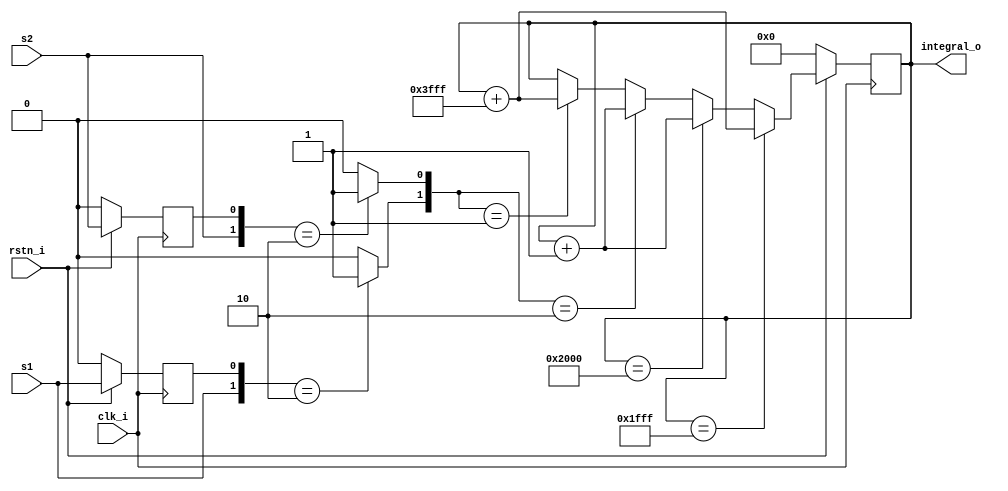
module red_pitaya_pfd_block
#(
    parameter ISR = 0
)
(   input rstn_i,
    input clk_i, 
       
    input s1, //signal 1
    input s2, //signal 2
    
    output [14-1:0] integral_o
    );

reg l1; //s1 from last cycle
reg l2; //s2 from last cycle

wire e1;
wire e2;

reg [14+ISR-1:0] integral;

assign e1 = ( {s1,l1} == 2'b10 ) ? 1'b1 : 1'b0;
assign e2 = ( {s2,l2} == 2'b10 ) ? 1'b1 : 1'b0;

assign integral_o = integral[14+ISR-1:ISR];

always @(posedge clk_i) begin
    if (rstn_i == 1'b0) begin
        l1 <= 1'b0;
        l2 <= 1'b0;
        integral <= {(14+ISR){1'b0}};
    end
    else begin
        l1 <= s1;
        l2 <= s2;
        if (integral == {1'b0,{14+ISR-1{1'b1}}})  //auto-reset or positive saturation
            //integral <= {INTBITS{1'b0}};
            integral <= integral + {14+ISR{1'b1}}; //decrement by one
        else if (integral == {1'b1,{14+ISR-1{1'b0}}}) //auto-reset or negative saturation
            //integral <= {INTBITS{1'b0}};
            integral <= integral + {{14+ISR-1{1'b0}},1'b1};
        //output signal is proportional to frequency difference of s1-s2
        else if ({e1,e2}==2'b10)
            integral <= integral + {{14+ISR-1{1'b0}},1'b1};
        else if ({e1,e2}==2'b01)  
            integral <= integral + {14+ISR{1'b1}};
    end   
end

endmodule